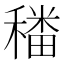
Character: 𮃪